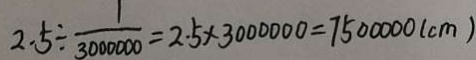
2 . 5 \div \frac { 1 } { 3 0 0 0 0 0 0 } = 2 . 5 \times 3 0 0 0 0 0 0 = 7 5 0 0 0 0 0 ( c m )